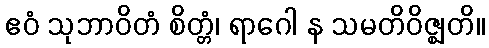
ဧဝံ သုဘာဝိတံ စိတ္တံ၊ ရာဂေါ န သမတိဝိဇ္ဈတိ။